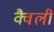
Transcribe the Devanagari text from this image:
क्वैली